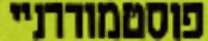
פוסטמודרניי